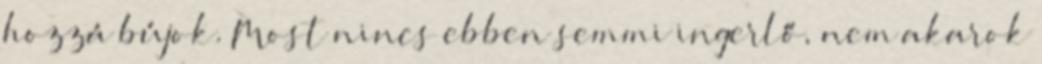
hozzá bújok. Most nincs ebben semmi ingerlő, nem akarok